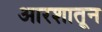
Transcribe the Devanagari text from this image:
आरशातून